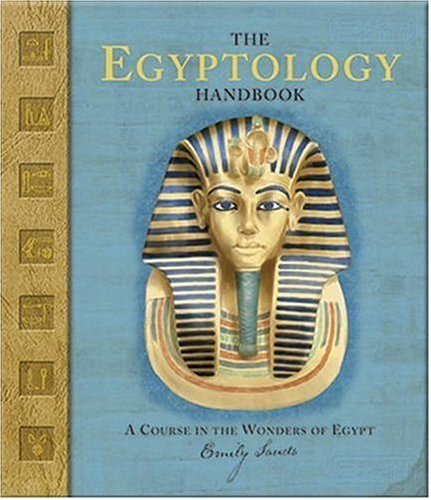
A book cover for The Egyptology Handbook: A Course in the Wonders of Egypt (Ologies); Emily Sands; Teen & Young Adult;